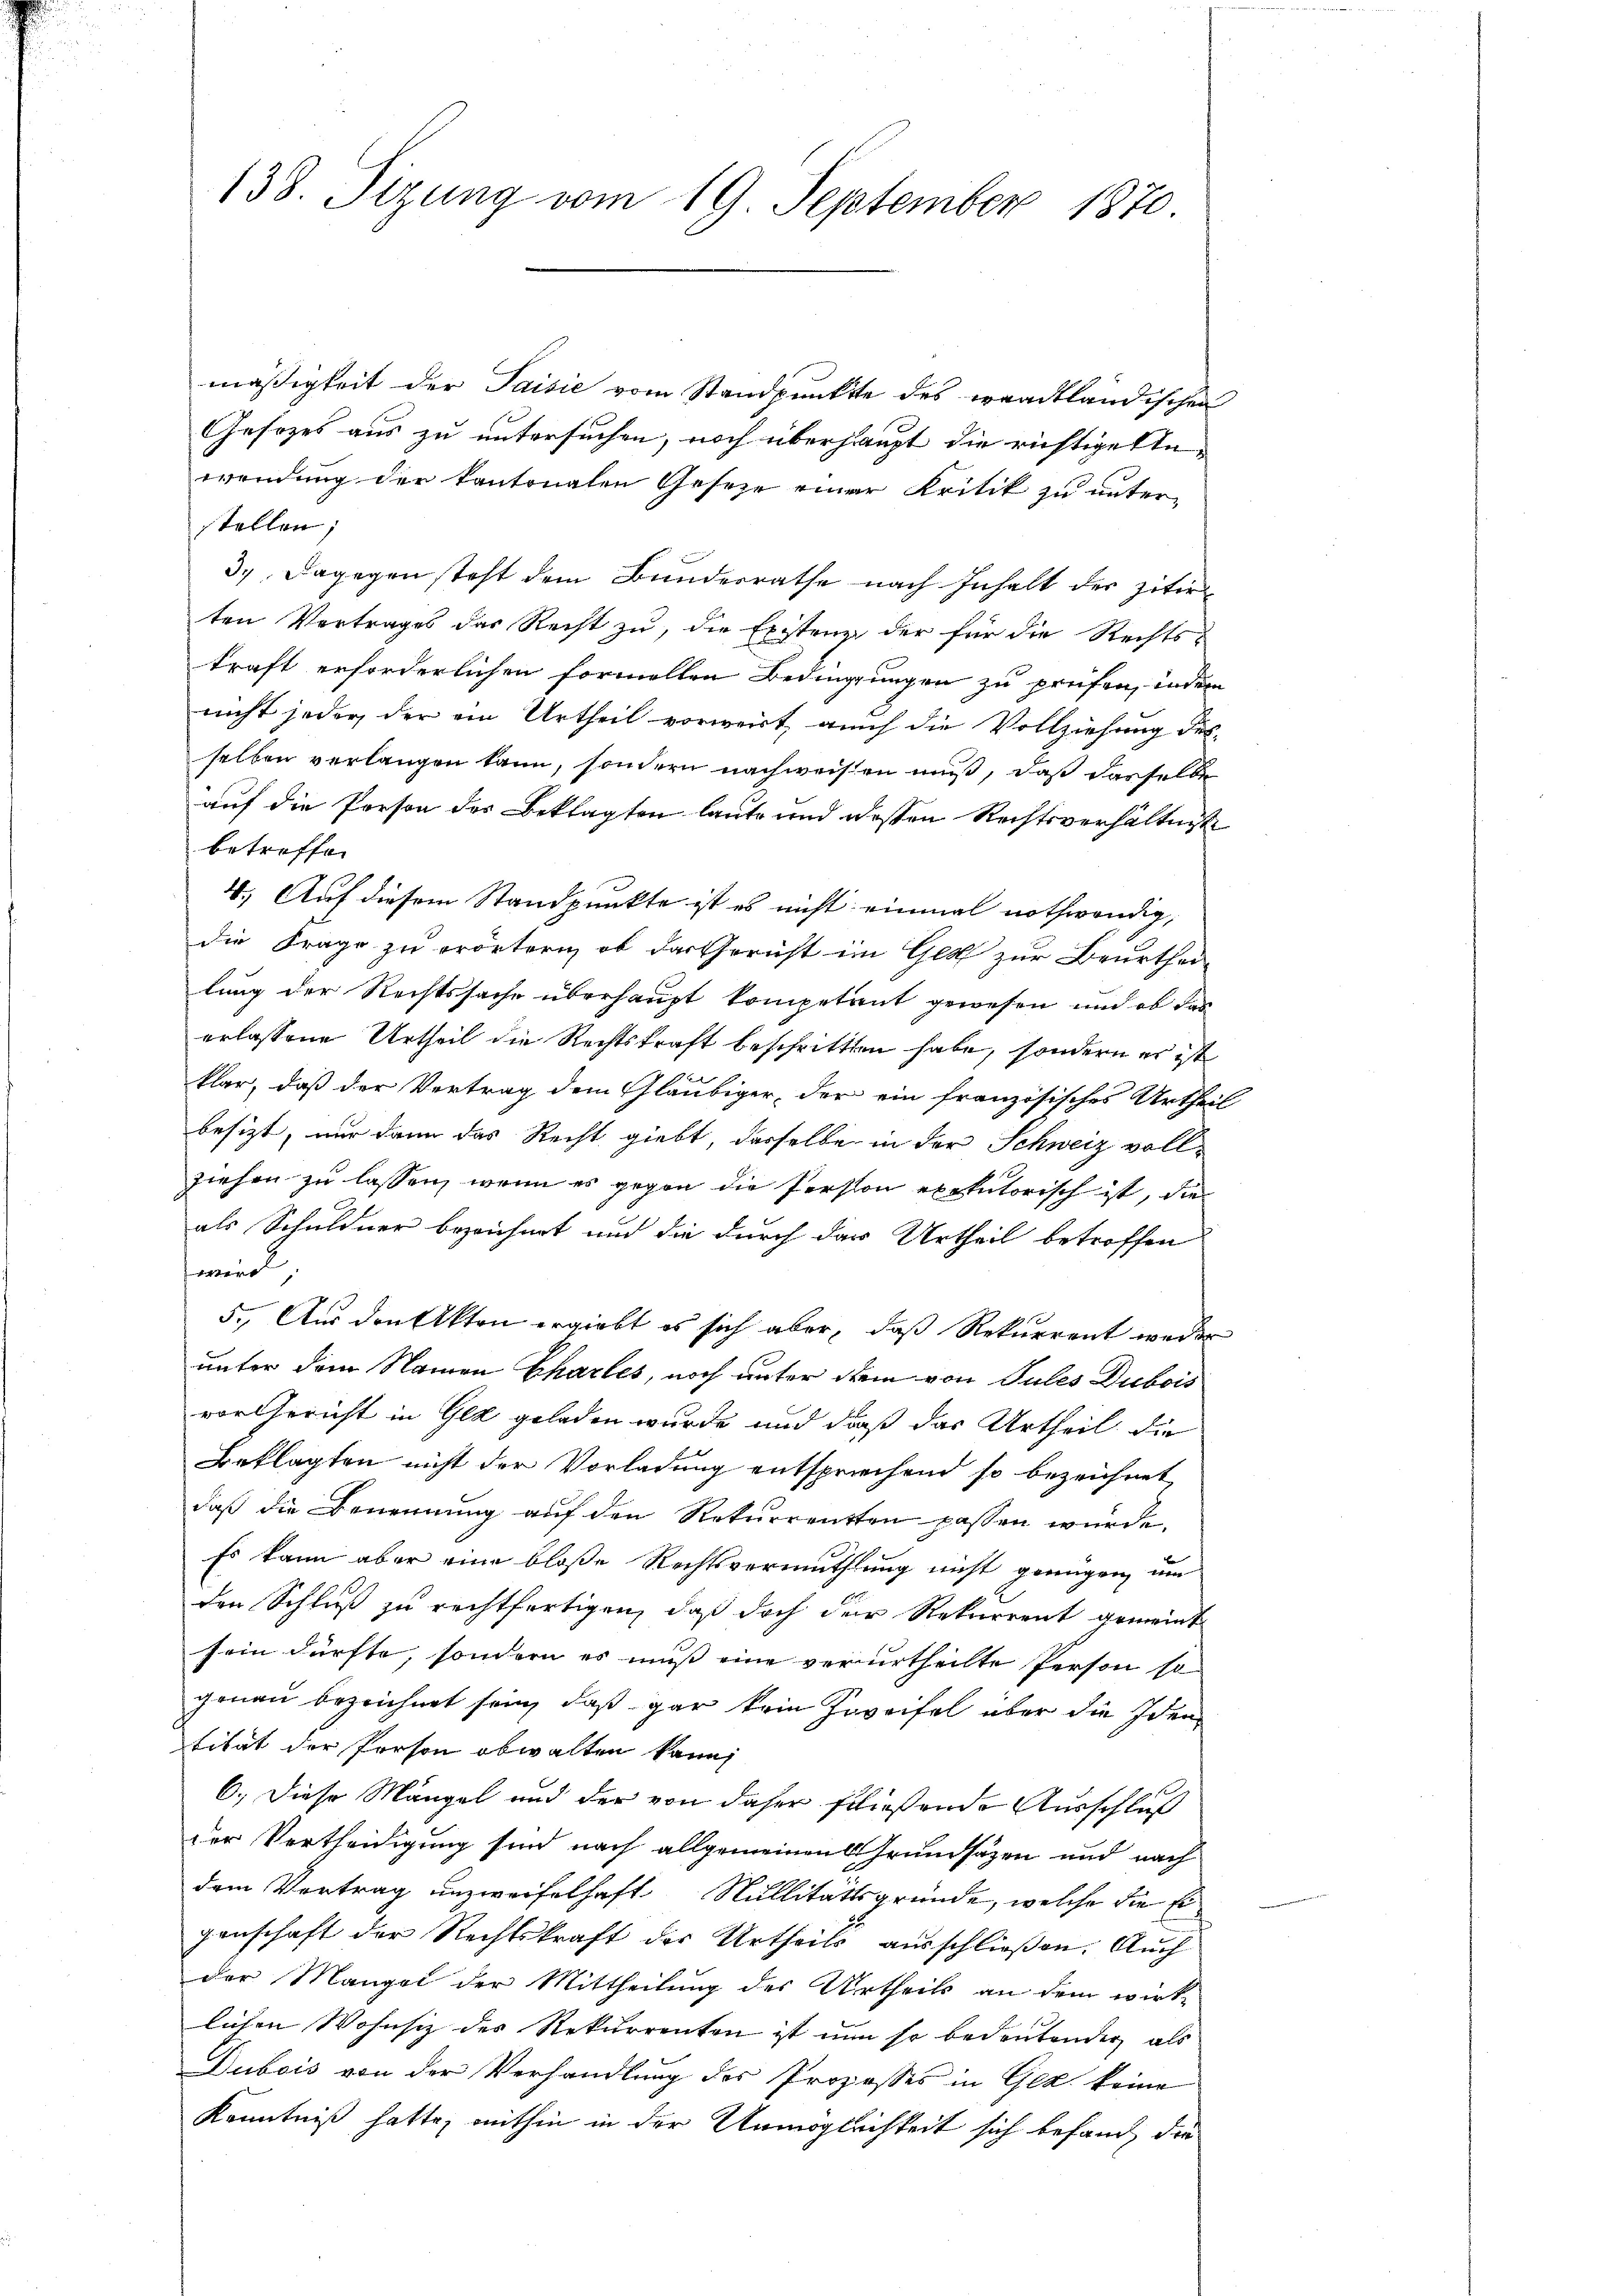
138. Sizung vom 19. September 1870.

mäßigkeit der Saisie vom Standpunkte des waadtländischen
Gesezes aus zu untersuchen, noch überhaupt die richtigestewendung der kantonalen Geseze einer Kritik zu unter-
stellen;
37. Dagegen steht dem Bundesrathe nach Inhalt der zitir
ten Vertrages das Recht zu, die Existenz der für die Rechts-
kraft erforderlichen formellen Bedingungen zu prüfen, indem
nicht jeder, der ein Urtheil vorweit, auch die Vollziehung des
selben verlangen kann, sondern nachweisen muß, daß dasselbe
auf die Person des Beklagten laute und deßen Rechtsverhältnis
betreffen
4.) Auf diesem Standpunkte ist es nicht einmal nothwendig,
die Frage zu erörtern, ob das Gericht im Ges zur Beurthei-
lung der Rechtssache überhaupt kompetent gewesen und ob das
erlassene Urtheil die Rechtskraft beschritten habe, sondern es ist
Bert
klar, daß der Vertrag dem Gläubiger, der ein französisches Urtheil
besizt, nur dann das Recht giebt, derselbe in der Schweiz vollziehen zu lassen, wenn es gegen die Person exekutorisch ist, die
als Schuldner bezeichnet und die durch das Urtheil betroffen
wird,
5. Aus den Akten ergiebt es sich aber, daß Rekurrent weder
unter dem Namen Chartes, noch unter dem von Jules Dubois
vor Gericht in Gez geladen wurde und daß das Urtheil die
Beklagten nicht der Vorladung entsprichend so bezeichnet
daß die Benennung auf den Rekurrenten passen würde.
Es kann aber eine bloße Rechtsvermuthlung nicht genügen, um
den Schluß zu rechtfertigen, daß doch der Rekurrent gemeint
sein dürfte, sondern es muß eine verurtheilte Person so
genau bezeichnet sein, daß gar kein Zweifel über die Iden
tität der Person obwalten kann
6.) Diese Mängel und der von daher fließende Ausschluß
der Vertheidigung sind nach allgemeinen Grundsätzen und nach
dem Vertrag unzweifelhaft Nullitätsgründe, welche die Eigenschaft der Rechtskraft des Urtheils ausschließen. Auch
der Mangel der Mittheilung des Urtheils an dem wirk-
lichen Wohnsiz des Rekurrenten ist nun so bedeutender als
Dubois von der Verhandlung des Prozesses in Gez keine
Kenntniß hatte, mithin in der Unmöglichkeit sich befand, die